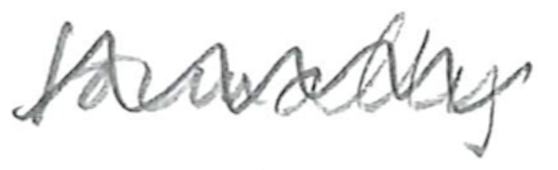
Text: formally
Cross-out: wave
Writing tool: pencil